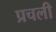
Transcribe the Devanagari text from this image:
प्रचली